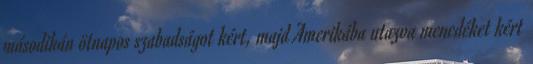
másodikán ötnapos szabadságot kért, majd Amerikába utazva menedéket kért